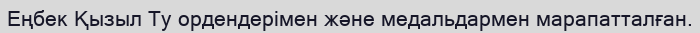
Еңбек Қызыл Ту ордендерімен және медальдармен марапатталған.